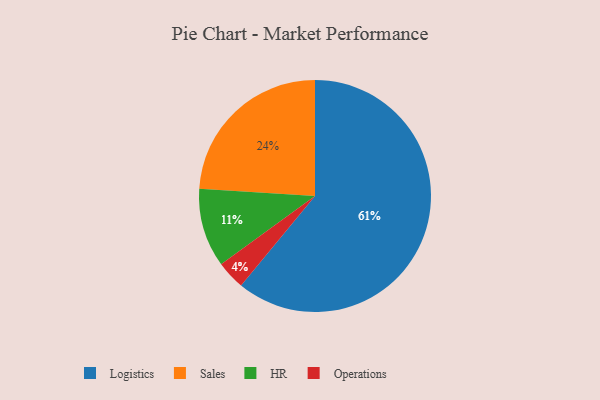
{"axis": {"x": "Category", "y": "Percentage"}, "legend": ["HR", "Logistics", "Operations", "Sales"], "data": [{"x": "HR", "y": 11, "type": "HR"}, {"x": "Logistics", "y": 61, "type": "Logistics"}, {"x": "Operations", "y": 4, "type": "Operations"}, {"x": "Sales", "y": 24, "type": "Sales"}]}